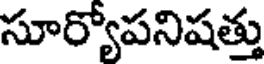
సూర్యోపనిషత్తు